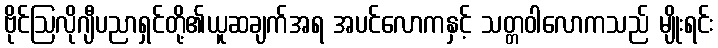
ဗိုင်ဩလိုဂျီပညာရှင်တို့၏ယူဆချက်အရ အပင်လောကနှင့် သတ္တဝါလောကသည် မျိုးရင်း